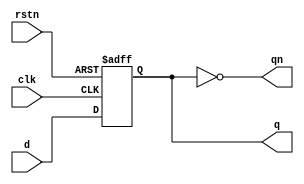
module flip_flop_d (input d,  
            input clk,  
            input rstn,  
            output reg q,  
            output qn);

   always @ (posedge clk or negedge rstn)  
      if (!rstn)  
         q <= 0;  
      else  
         q <= d;  

   assign qn = ~q;  
endmodule